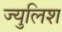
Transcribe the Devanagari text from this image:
ज्युलिश